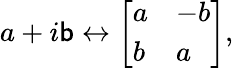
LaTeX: a+i\mathsf{b}\leftrightarrow{\left[\begin{array}{ll}{a}&{-b}\\ {b}&{a}\end{array}\right]},